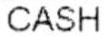
CASH